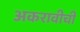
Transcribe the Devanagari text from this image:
अकरावीची